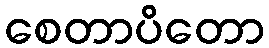
စေတာပိတော